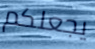
يجعلكم